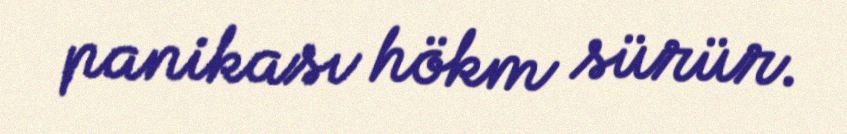
panikası hökm sürür.